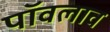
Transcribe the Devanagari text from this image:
पॉवलाव